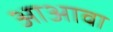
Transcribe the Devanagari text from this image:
आअावा